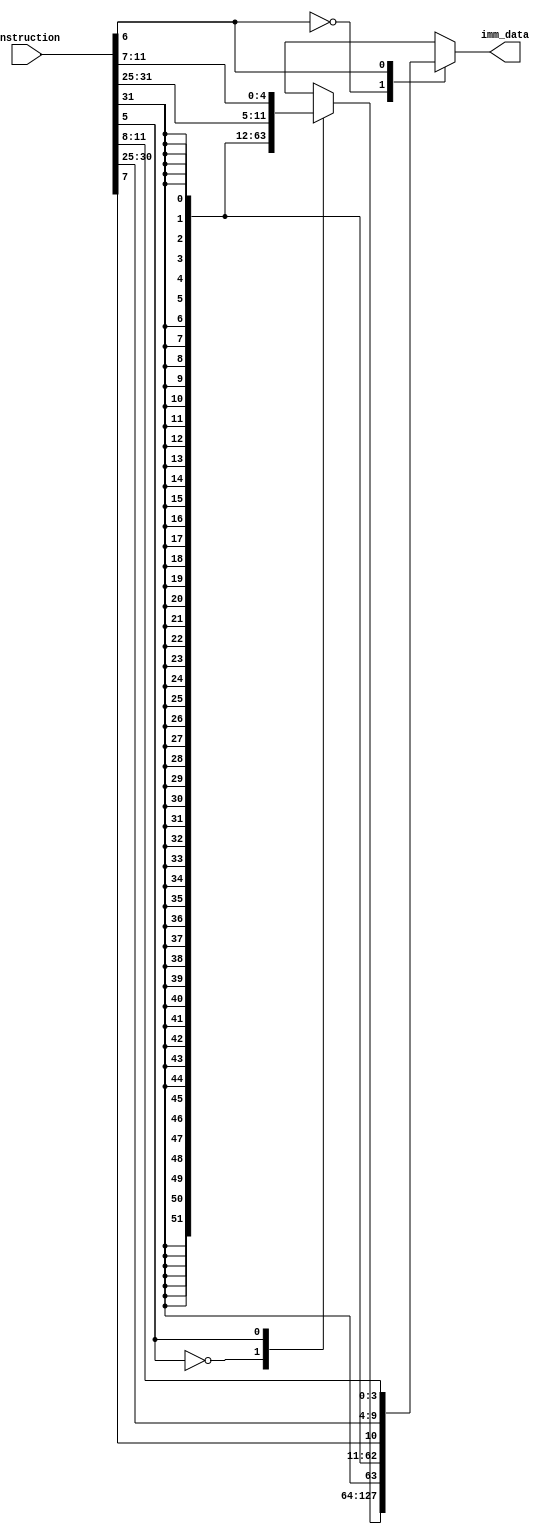
module ImmDataExtractor(
  input [31:0] instruction,
  output reg [63:0] imm_data
  );
  
always@(instruction)
	begin
	case(instruction[6]) 
		1'b0: // data transfer
			case(instruction[5]) 
				1'b0: // load
					imm_data = {{52{instruction[31]}}, instruction[31:20]};
				1'b1: // store
					imm_data = {{52{instruction[31]}}, instruction[31:25], instruction[11:7]};
			endcase
		1'b1: // branch
			imm_data = {{52{instruction[31]}}, instruction[31], instruction[7], instruction[30:25], instruction[11:8]};
	endcase
end
endmodule